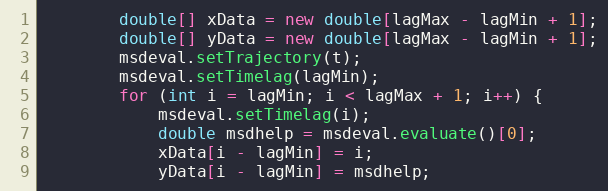
Language: Java
		double[] xData = new double[lagMax - lagMin + 1];
		double[] yData = new double[lagMax - lagMin + 1];
		msdeval.setTrajectory(t);
		msdeval.setTimelag(lagMin);
		for (int i = lagMin; i < lagMax + 1; i++) {
			msdeval.setTimelag(i);
			double msdhelp = msdeval.evaluate()[0];
			xData[i - lagMin] = i;
			yData[i - lagMin] = msdhelp;